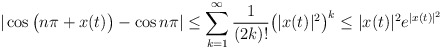
\begin{align*}|\cos\big(n\pi +x(t)\big)-\cos n\pi|\leq \sum_{k=1}^\infty \frac{1}{(2k)!}\big( |x(t)|^2\big)^k \leq |x(t)|^2e^{|x(t)|^2}\end{align*}